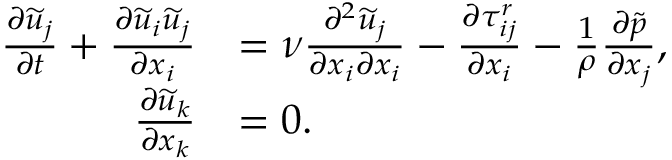
\begin{array} { r l } { \frac { \partial \widetilde { u } _ { j } } { \partial t } + \frac { \partial \widetilde { u } _ { i } \widetilde { u } _ { j } } { \partial x _ { i } } } & { = \nu \frac { \partial ^ { 2 } \widetilde { u } _ { j } } { \partial x _ { i } \partial x _ { i } } - \frac { \partial \tau _ { i j } ^ { r } } { \partial x _ { i } } - \frac { 1 } { \rho } \frac { \partial \widetilde { p } } { \partial x _ { j } } , } \\ { \frac { \partial \widetilde { u } _ { k } } { \partial x _ { k } } } & { = 0 . } \end{array}